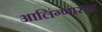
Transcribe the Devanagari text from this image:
आलिंग्णासन